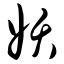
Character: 妖